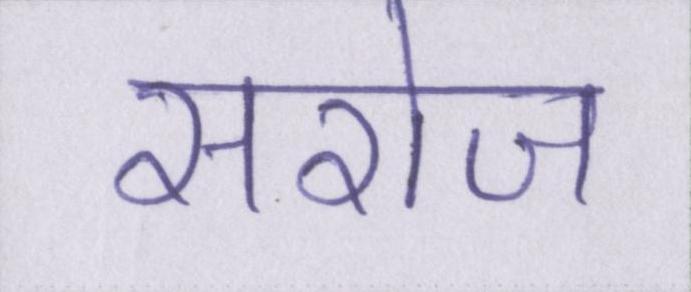
सरोज